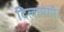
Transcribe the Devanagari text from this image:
दिलायेगी।